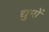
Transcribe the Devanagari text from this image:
द्युमों